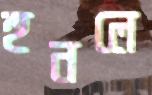
হুনলে